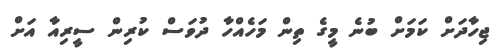
ޖިހާދަށް ކަމަށް ބުނެ މީގެ ތިން މަހެއްހާ ދުވަސް ކުރިން ސީރިއާ އަށް